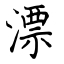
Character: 漂